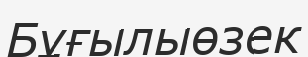
Бұғылыөзек